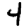
Digit: 4